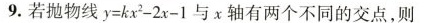
9.若抛物线$$y = k x ^ { 2 } - 2 x - 1$$与x轴有两个不同的交点，则